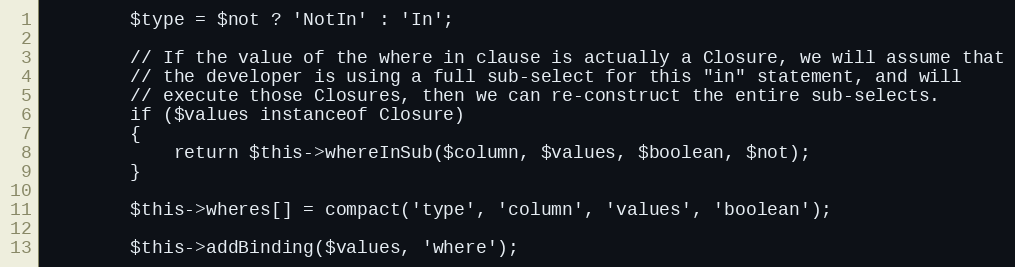
Language: PHP
		$type = $not ? 'NotIn' : 'In';

		// If the value of the where in clause is actually a Closure, we will assume that
		// the developer is using a full sub-select for this "in" statement, and will
		// execute those Closures, then we can re-construct the entire sub-selects.
		if ($values instanceof Closure)
		{
			return $this->whereInSub($column, $values, $boolean, $not);
		}

		$this->wheres[] = compact('type', 'column', 'values', 'boolean');

		$this->addBinding($values, 'where');